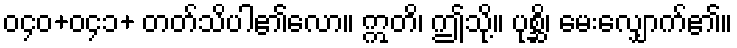
၀၄၀+၀၄၁+ တတ်သိပါ၏လော။ ဣတိ၊ ဤသို့။ ပုစ္ဆိ၊ မေးလျှောက်၏။